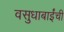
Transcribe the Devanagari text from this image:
वसुधाबाईंची